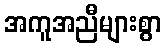
အကူအညီများစွာ